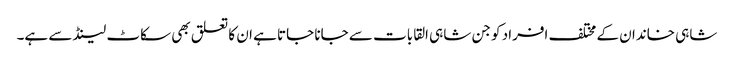
شاہی خاندان کے مختلف افراد کو جن شاہی القابات سے جانا جاتا ہے ان کا تعلق بھی سکاٹ لینڈ سے ہے۔